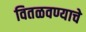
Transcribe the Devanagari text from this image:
वितळवण्याचे